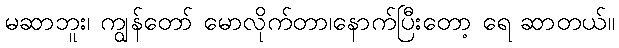
မဆာဘူး၊ ကျွန်တော် မောလိုက်တာ၊နောက်ပြီးတော့ ရေ ဆာတယ်။